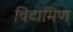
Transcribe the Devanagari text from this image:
विटामिण